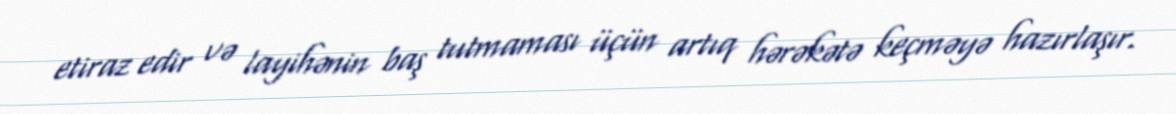
etiraz edir və layihənin baş tutmaması üçün artıq hərəkətə keçməyə hazırlaşır.